Annual returns of the Patna Lunatic Asylum at Bankipore in Bihar and Orissa - 1912-1924
Year: 1912
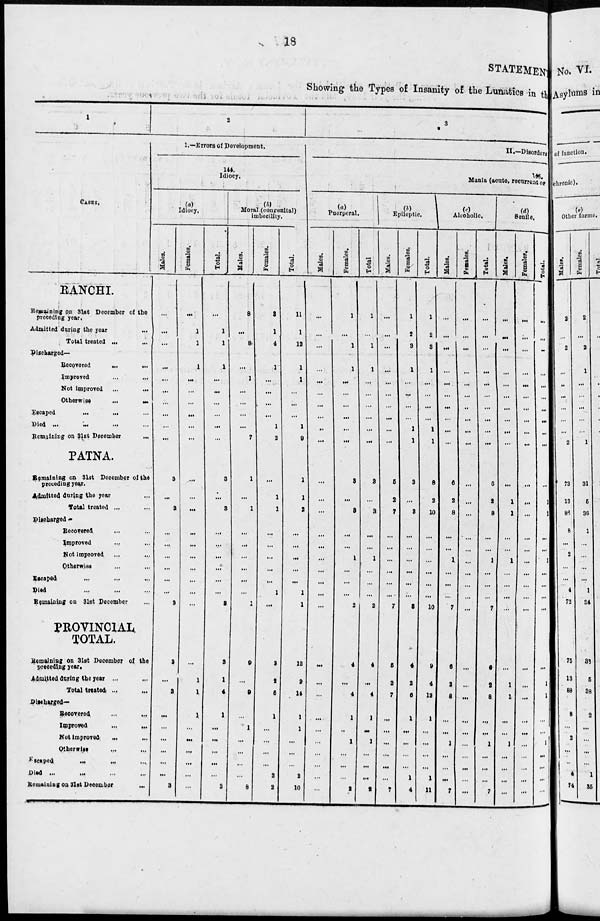
18
STATEMENT
Showing the Types of Insanity of the Lunatics in the
1
CASES.
RANCHI.
Remaining on Slat December of the
prcceding year.
Admitted daring the year ...
Total treated ... ...
Ditcharged—
Recorered
...
...
Improved ... ...
Not improved ... ...
Otherwise
...
...
Escaped ... ... ...
Died ... ... ... ...
Remaining on 31st December ...
PATNA.
Remaining on 31st December of the
preceding year.
Admitted during the year...
Total treated ... ...
Discharged -
Recovered ... ...
Improved... ...
Not improved ... ...
Otherwise... ...
Escapad ... ... ...
Died ...... ...
Remaining on 31st December ...
PROVINCIAL
TOTAL.
Remaining on 31st December of the
preceding year.
Admitted during the year ... ...
Total treated ... ...
Discharged—
Recovered ... ...
Improved
...
...
Not improved
... ...
Otherwise... ...
Escaped
... ... ...
Died ... ... ... ...
Remaining on 3lst December
...
2
1.—Errors of Development.
144.
Idiocy.
Idiocy.
Males.
...
...
...
...
...
...
...
...
...
...
3
...
3
...
...
...
...
...
...
3
3
...
3
...
...
...
...
...
...
3
Females.
...
1
1
1
...
...
...
...
...
...
...
...
...
...
...
...
...
...
...
...
...
1
1
1
...
...
...
...
...
...
Total.
...
1
1
1
...
...
...
...
...
...
3
...
3
...
...
...
...
...
...
3
3
1
4
1
...
...
...
...
...
3
(4)
Moral (congenital)
imbocility.
Males.
8
...
8
...
1
...
...
...
...
7
1
...
1
...
...
...
...
...
...
1
9
...
9
...
1
...
...
...
8
Females.
3
1
4
1
...
...
...
...
1
2
...
1
1
...
...
...
...
...
1
...
3
2
5
1
...
...
...
...
2
2
Total.
11
1
12
1
1
...
...
...
1
9
1
1
2
...
...
...
...
...
1
1
12
2
14
1
1
...
...
...
2
10
3
II.—Dlaordcri
145.
Mania (acute, recurrent of
(a)
Puerperal.
Males.
...
...
...
...
...
...
...
...
...
...
...
...
...
...
...
...
...
...
...
...
...
...
...
...
...
...
...
...
...
Females.
1
...
1
1
...
...
...
...
...
...
3
...
3
...
...
1
...
...
...
2
4
...
4
1
..
1
...
...
...
2
Total
1
...
1
1
...
...
...
...
...
...
3
...
3
...
...
1
...
...
2
4
...
4
1
...
1
...
...
...
2
(b)
Epileptic.
Males.
...
...
...
...
...
...
...
...
...
...
5
2
7
...
...
...
...
...
7
5
2
7
...
...
...
...
...
...
7
Females.
1
2
3
1
...
...
...
...
1
1
3
...
3
...
...
...
...
...
...
3
4
2
6
1
...
...
...
...
1
4
Total.
1
2
3
1
...
...
...
...
1
1
8
2
10
...
...
...
...
10
9
4
13
1
...
...
...
...
1
11
(c)
Alcoholic.
Males.
...
...
...
...
...
...
...
...
...
...
6
2
8
...
...
1
...
...
...
7
6
2
8
...
...
1
...
...
...
7
Females.
...
...
...
...
...
...
...
...
...
...
...
...
...
...
...
...
...
...
...
...
...
...
...
...
...
...
...
...
...
...
Total.
...
...
...
...
...
...
...
...
...
...
6
2
8
...
...
1
...
...
...
7
6
2
8
...
...
1
...
...
...
7
(d)
Senile.
Males.
...
...
...
...
...
...
...
...
...
...
...
1
1
...
...
1
...
...
...
...
...
1
1
...
...
1
...
...
...
...
| Females.
...
...
...
...
...
...
...
...
...
...
...
...
...
...
...
...
...
...
...
...
...
...
...
...
...
...
...
...
...
...
Total.
...
...
...
...
...
...
...
...
...
...
...
1
1
...
...
1
...
...
...
...
...
1
1
...
1
...
...
...
...